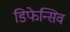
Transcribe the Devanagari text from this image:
डिफेन्सिव